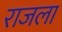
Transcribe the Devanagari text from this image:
राजला